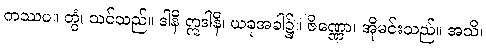
ကဿပ။ တွံ၊ သင်သည်။ ဒါနိ ဣဒါနိ၊ ယခုအခါ၌။ ဇိဏ္ဏော၊ အိုမင်းသည်။ အသိ၊